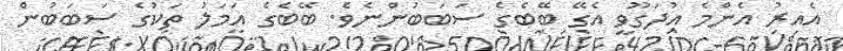
އެއިރު އެންމެ އުދަގޫވީ އެގޭ ބޭބެގެ ސަބަބުންނެވެ. ބޭބެގެ އަމަލު ތަކުގެ ސަބަބުން